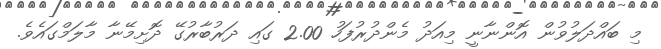
މި ބައްދަލުވުން އޮންނާނީ މިއަދު މެންދުރުފަހު 2.00 ގައި ދަރުބާރުގޭ ދޮށިމޭނާ މާލަމްގައެވެ.